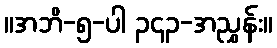
။အဘိ-၅-ပါ ၃၄၃-အညွှန်း။